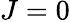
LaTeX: J=0